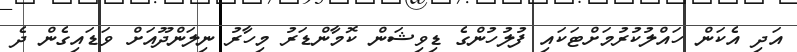
އަދި އެކަން ހައްލުކުރުމަށްޓަކައި ފުލުހުންގެ ޑިވިޝަން ކޮމާންޑަރު މިހާރު ނިލަންދޫއަށް ވަޑައިގެން ދެ